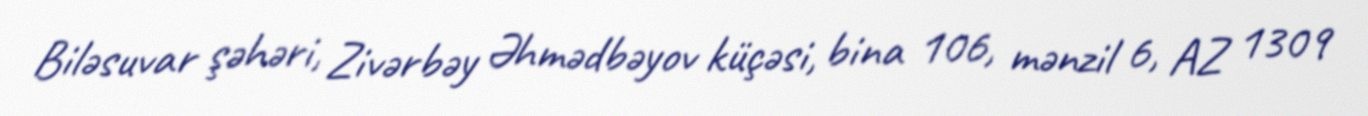
Biləsuvar şəhəri, Zivərbəy Əhmədbəyov küçəsi, bina 106, mənzil 6, AZ 1309